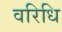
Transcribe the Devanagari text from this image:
वरिधि